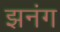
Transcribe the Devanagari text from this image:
झनंग